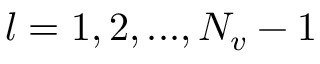
l = 1 , 2 , . . . , N _ { v } - 1